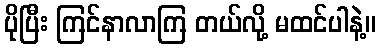
ပိုပြီး ကြင်နာလာကြ တယ်လို့ မထင်ပါနဲ့။